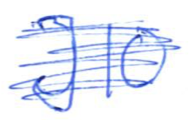
Text: J10
Cross-out: scratch
Writing tool: ballpoint